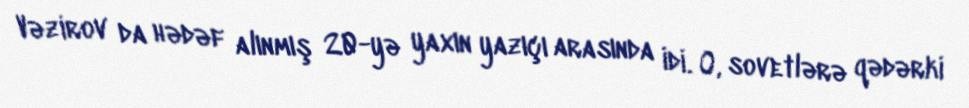
Vəzirov da hədəf alınmış 20-yə yaxın yazıçı arasında idi. O, sovetlərə qədərki